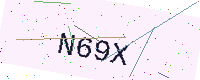
Text: N69X